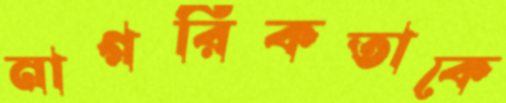
নাগরিকতাকে